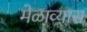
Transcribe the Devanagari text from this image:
मेळाव्यास